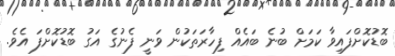
ބޮޑުކޮށްފައިވާ ކަމަށް ބުނެ ބައެއް ފިހާރަތަކުން ވަނީ ފެނުގެ އަގު ބޮޑުކޮށްފަ އެވެ.